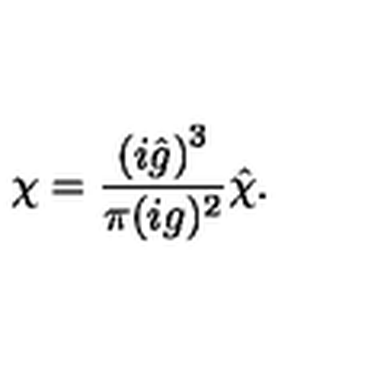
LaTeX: \chi = \frac { \left( i { \hat { g } } \right) ^ { 3 } } { \pi ( i g ) ^ { 2 } } { \hat { \chi } } .